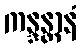
ကန္ဒန္တာနံ